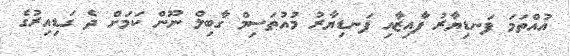
އުއްތަމަ ފަނޑިޔާރު ފާއިޒާއި ފަނޑިޔާރު މުއުތަސިމް ގާބިލް ނޫން ކަމަށް ދެ ގަޑިއިރުގެ